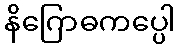
နိဂြောဓကပ္ပေါ